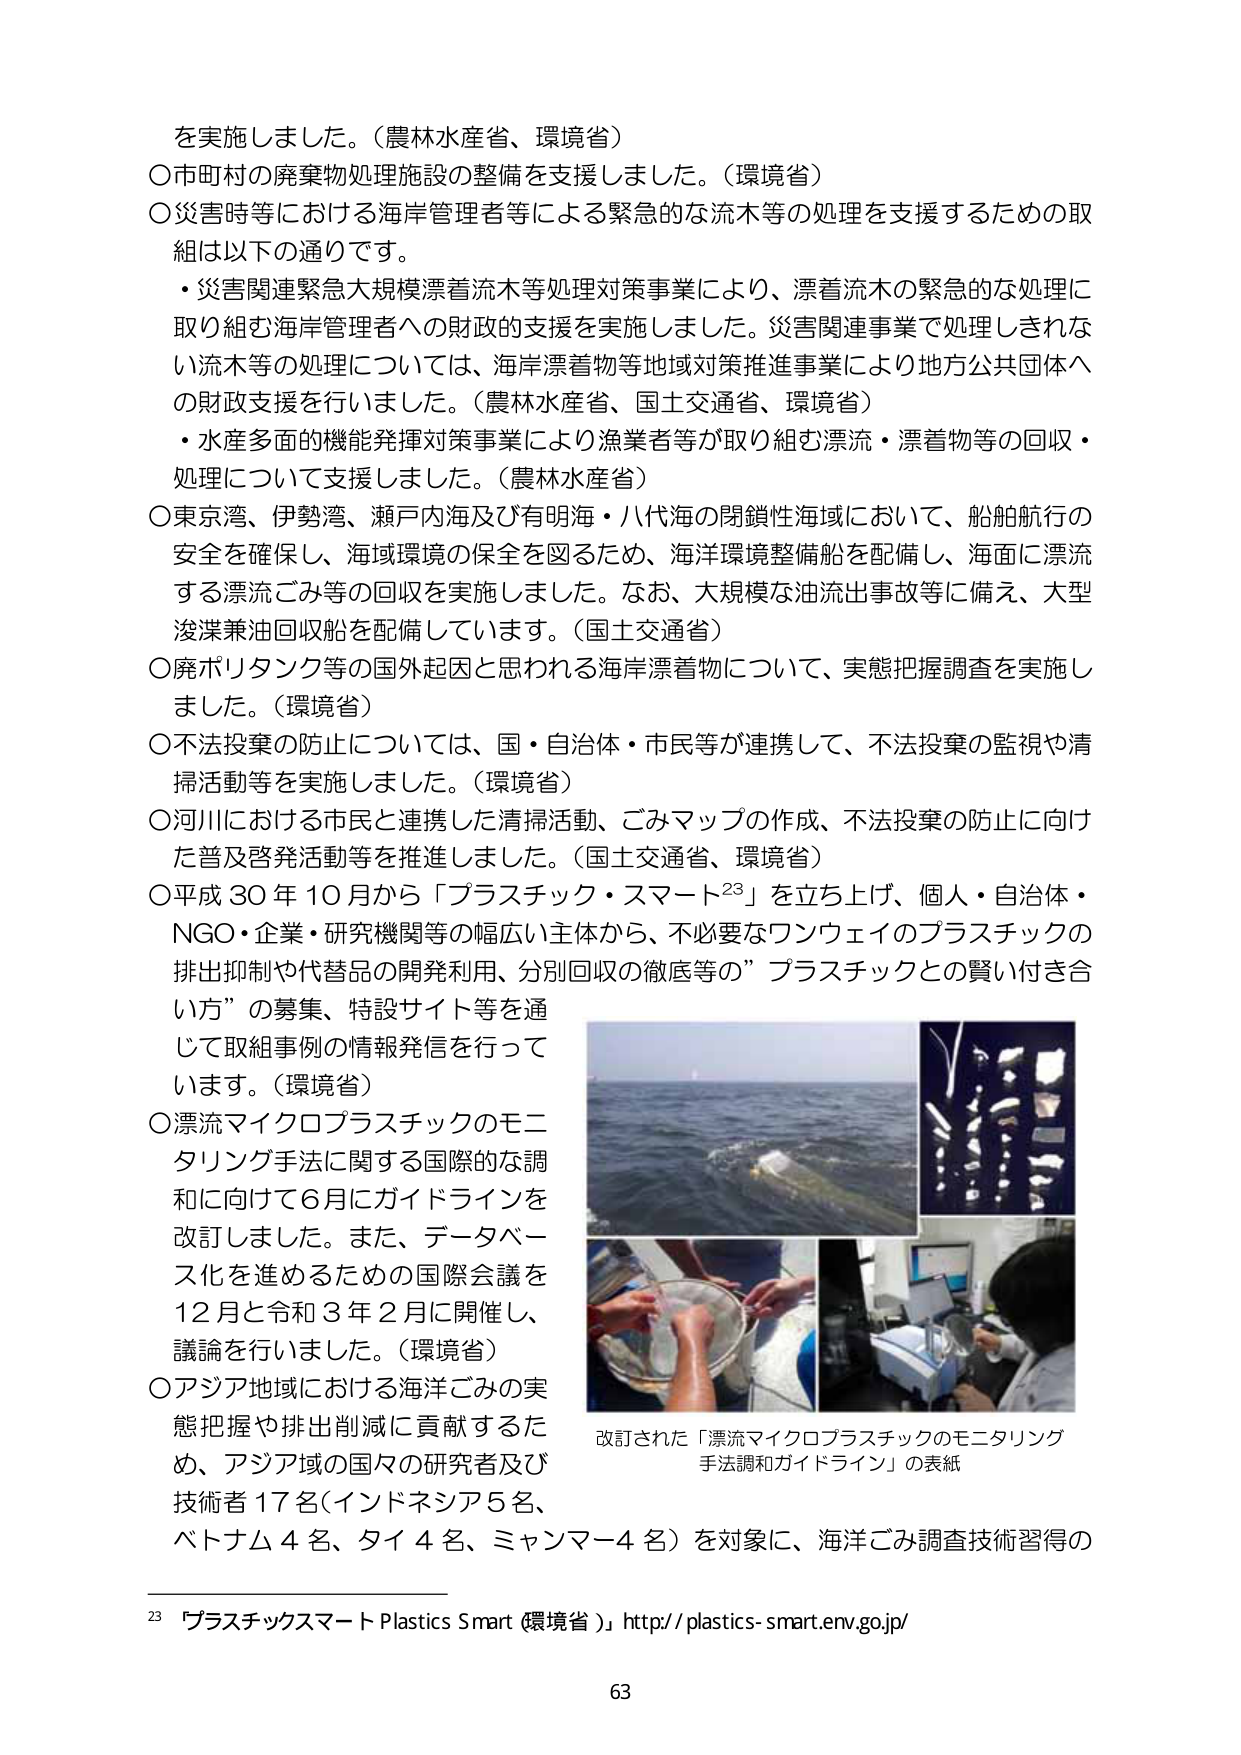
を実施しました。（農林水産省、環境省）
○市町村の廃棄物処理施設の整備を支援しました。（環境省）
○災害時等における海岸管理者等による緊急的な流木等の処理を支援するための取組は以下の通りです。
・災害関連緊急大規模漂着流木等処理対策事業により、漂着流木の緊急的な処理に取り組む海岸管理者への財政的支援を実施しました。災害関連事業で処理しきれない流木等の処理については、海岸漂着物等地域対策推進事業により地方公共団体への財政支援を行いました。（農林水産省、国土交通省、環境省）
・水産多面的機能発揮対策事業により漁業者等が取り組む漂流・漂着物等の回収・処理について支援しました。（農林水産省）
○東京湾、伊勢湾、瀬戸内海及び有明海・八代海の閉鎖性海域において、船舶航行の安全を確保し、海域環境の保全を図るため、海洋環境整備船を配備し、海面に漂流する漂流ごみ等の回収を実施しました。なお、大規模な油流出事故等に備え、大型浚渫兼油回収船を配備しています。（国土交通省）
○廃ポリタンク等の国外起因と思われる海岸漂着物について、実態把握調査を実施しました。（環境省）
○不法投棄の防止については、国・自治体・市民等が連携して、不法投棄の監視や清掃活動等を実施しました。（環境省）
○河川における市民と連携した清掃活動、ごみマップの作成、不法投棄の防止に向けた普及啓発活動等を推進しました。（国土交通省、環境省）
○平成30年10月から「プラスチック・スマート²³」を立ち上げ、個人・自治体・NGO・企業・研究機関等の幅広い主体から、不必要なワンウェイのプラスチックの排出抑制や代替品の開発利用、分別回収の徹底等の”プラスチックとの賢い付き合い方”の募集、特設サイト等を通じて取組事例の情報発信を行っています。（環境省）
○漂流マイクロプラスチックのモニタリング手法に関する国際的な調和に向けて6月にガイドラインを改訂しました。また、データベース化を進めるための国際会議を12月と令和3年2月に開催し、議論を行いました。（環境省）
○アジア地域における海洋ごみの実態把握や排出削減に貢献するため、アジア域の国々の研究者及び技術者17名（インドネシア5名、ベトナム4名、タイ4名、ミャンマー4名）を対象に、海洋ごみ調査技術習得の

改訂された「漂流マイクロプラスチックのモニタリング手法調和ガイドライン」の表紙

²³「プラスチックスマート Plastics Smart（環境省）」http://plastics-smart.env.go.jp/

63